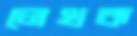
লেখক